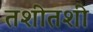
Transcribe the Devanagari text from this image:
तशीतशी